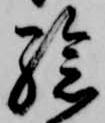
孫